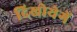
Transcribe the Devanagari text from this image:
दिखोयेगें